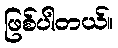
ဖြစ်ပါတယ်။